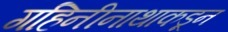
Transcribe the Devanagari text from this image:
गहिनीनाथाकडून